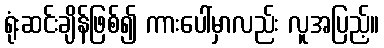
ရုံးဆင်းချိန်ဖြစ်၍ ကားပေါ်မှာလည်း လူအပြည့်။